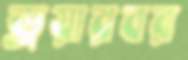
ড্রয়ারবর